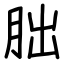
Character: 朏